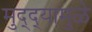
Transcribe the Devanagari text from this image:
मुद्‌द्‌यामुळे